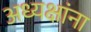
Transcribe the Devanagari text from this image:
अध्यक्षांना